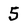
Character: 5